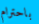
باحترام